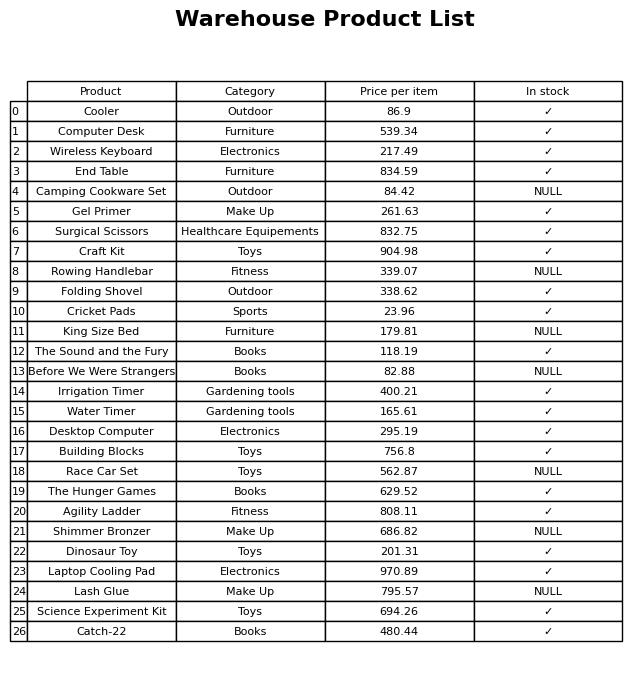
question: What is the price for Before We Were Strangers?
answer: The price of Before We Were Strangers is 82.88.